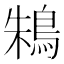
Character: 鴸